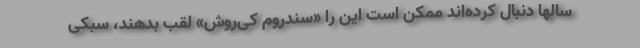
سالها دنبال کرده‌اند ممکن است این را «سندروم کی‌روش» لقب بدهند، سبکی